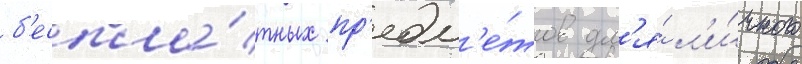
б'еспла́тных пр'едм'е́тов дл'я́ л'и́чного